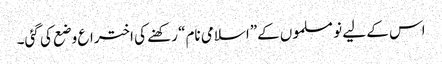
اس کے لیے نو مسلموں کے”اسلامی نام“ رکھنے کی اختراع وضع کی گئی۔